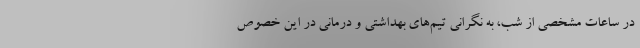
در ساعات مشخصی از شب، به نگرانی تیم‌های بهداشتی و درمانی در این خصوص